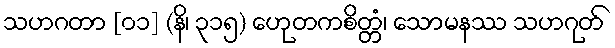
သဟဂတာ [၀၁] (နိ၊ ၃၁၅) ဟေုတကစိတ္တံ၊ သောမနဿ သဟဂုတ်